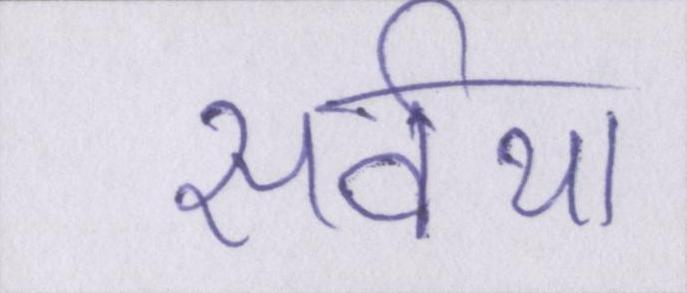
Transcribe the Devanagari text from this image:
सर्वथा